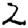
Digit: 2